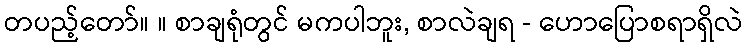
တပည့်တော်။ ။ စာချရုံတွင် မကပါဘူး, စာလဲချရ - ဟောပြောစရာရှိလဲ